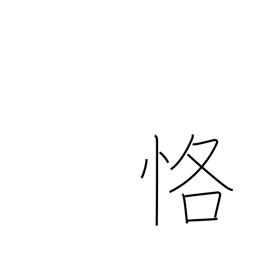
Meaning: carefulness